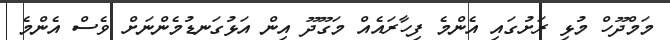
މަމްދޫހް މުޅި ރަށުގައި އެންމެ ފިހާރައެއް މަގޫދޫ އިން އަޅުގަނޑުމެންނަށް ވެސް އެންމެ